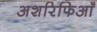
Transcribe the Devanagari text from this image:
अशरिफिआँ